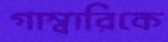
গাম্বারিকে